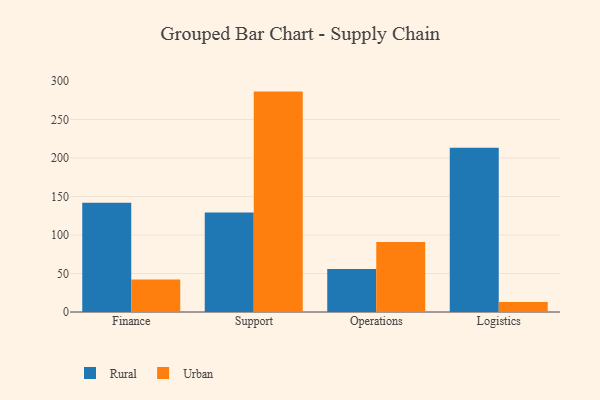
{"axis": {"x": "Department", "y": "Headcount"}, "legend": ["Rural", "Urban"], "data": [{"x": "Finance", "y": 142.0, "type": "Rural"}, {"x": "Finance", "y": 42.2, "type": "Urban"}, {"x": "Support", "y": 129.1, "type": "Rural"}, {"x": "Support", "y": 286.2, "type": "Urban"}, {"x": "Operations", "y": 55.8, "type": "Rural"}, {"x": "Operations", "y": 90.9, "type": "Urban"}, {"x": "Logistics", "y": 213.4, "type": "Rural"}, {"x": "Logistics", "y": 13.0, "type": "Urban"}]}